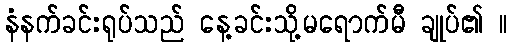
နံနက်ခင်းရုပ်သည် နေ့ခင်းသို့မရောက်မီ ချုပ်၏ ။